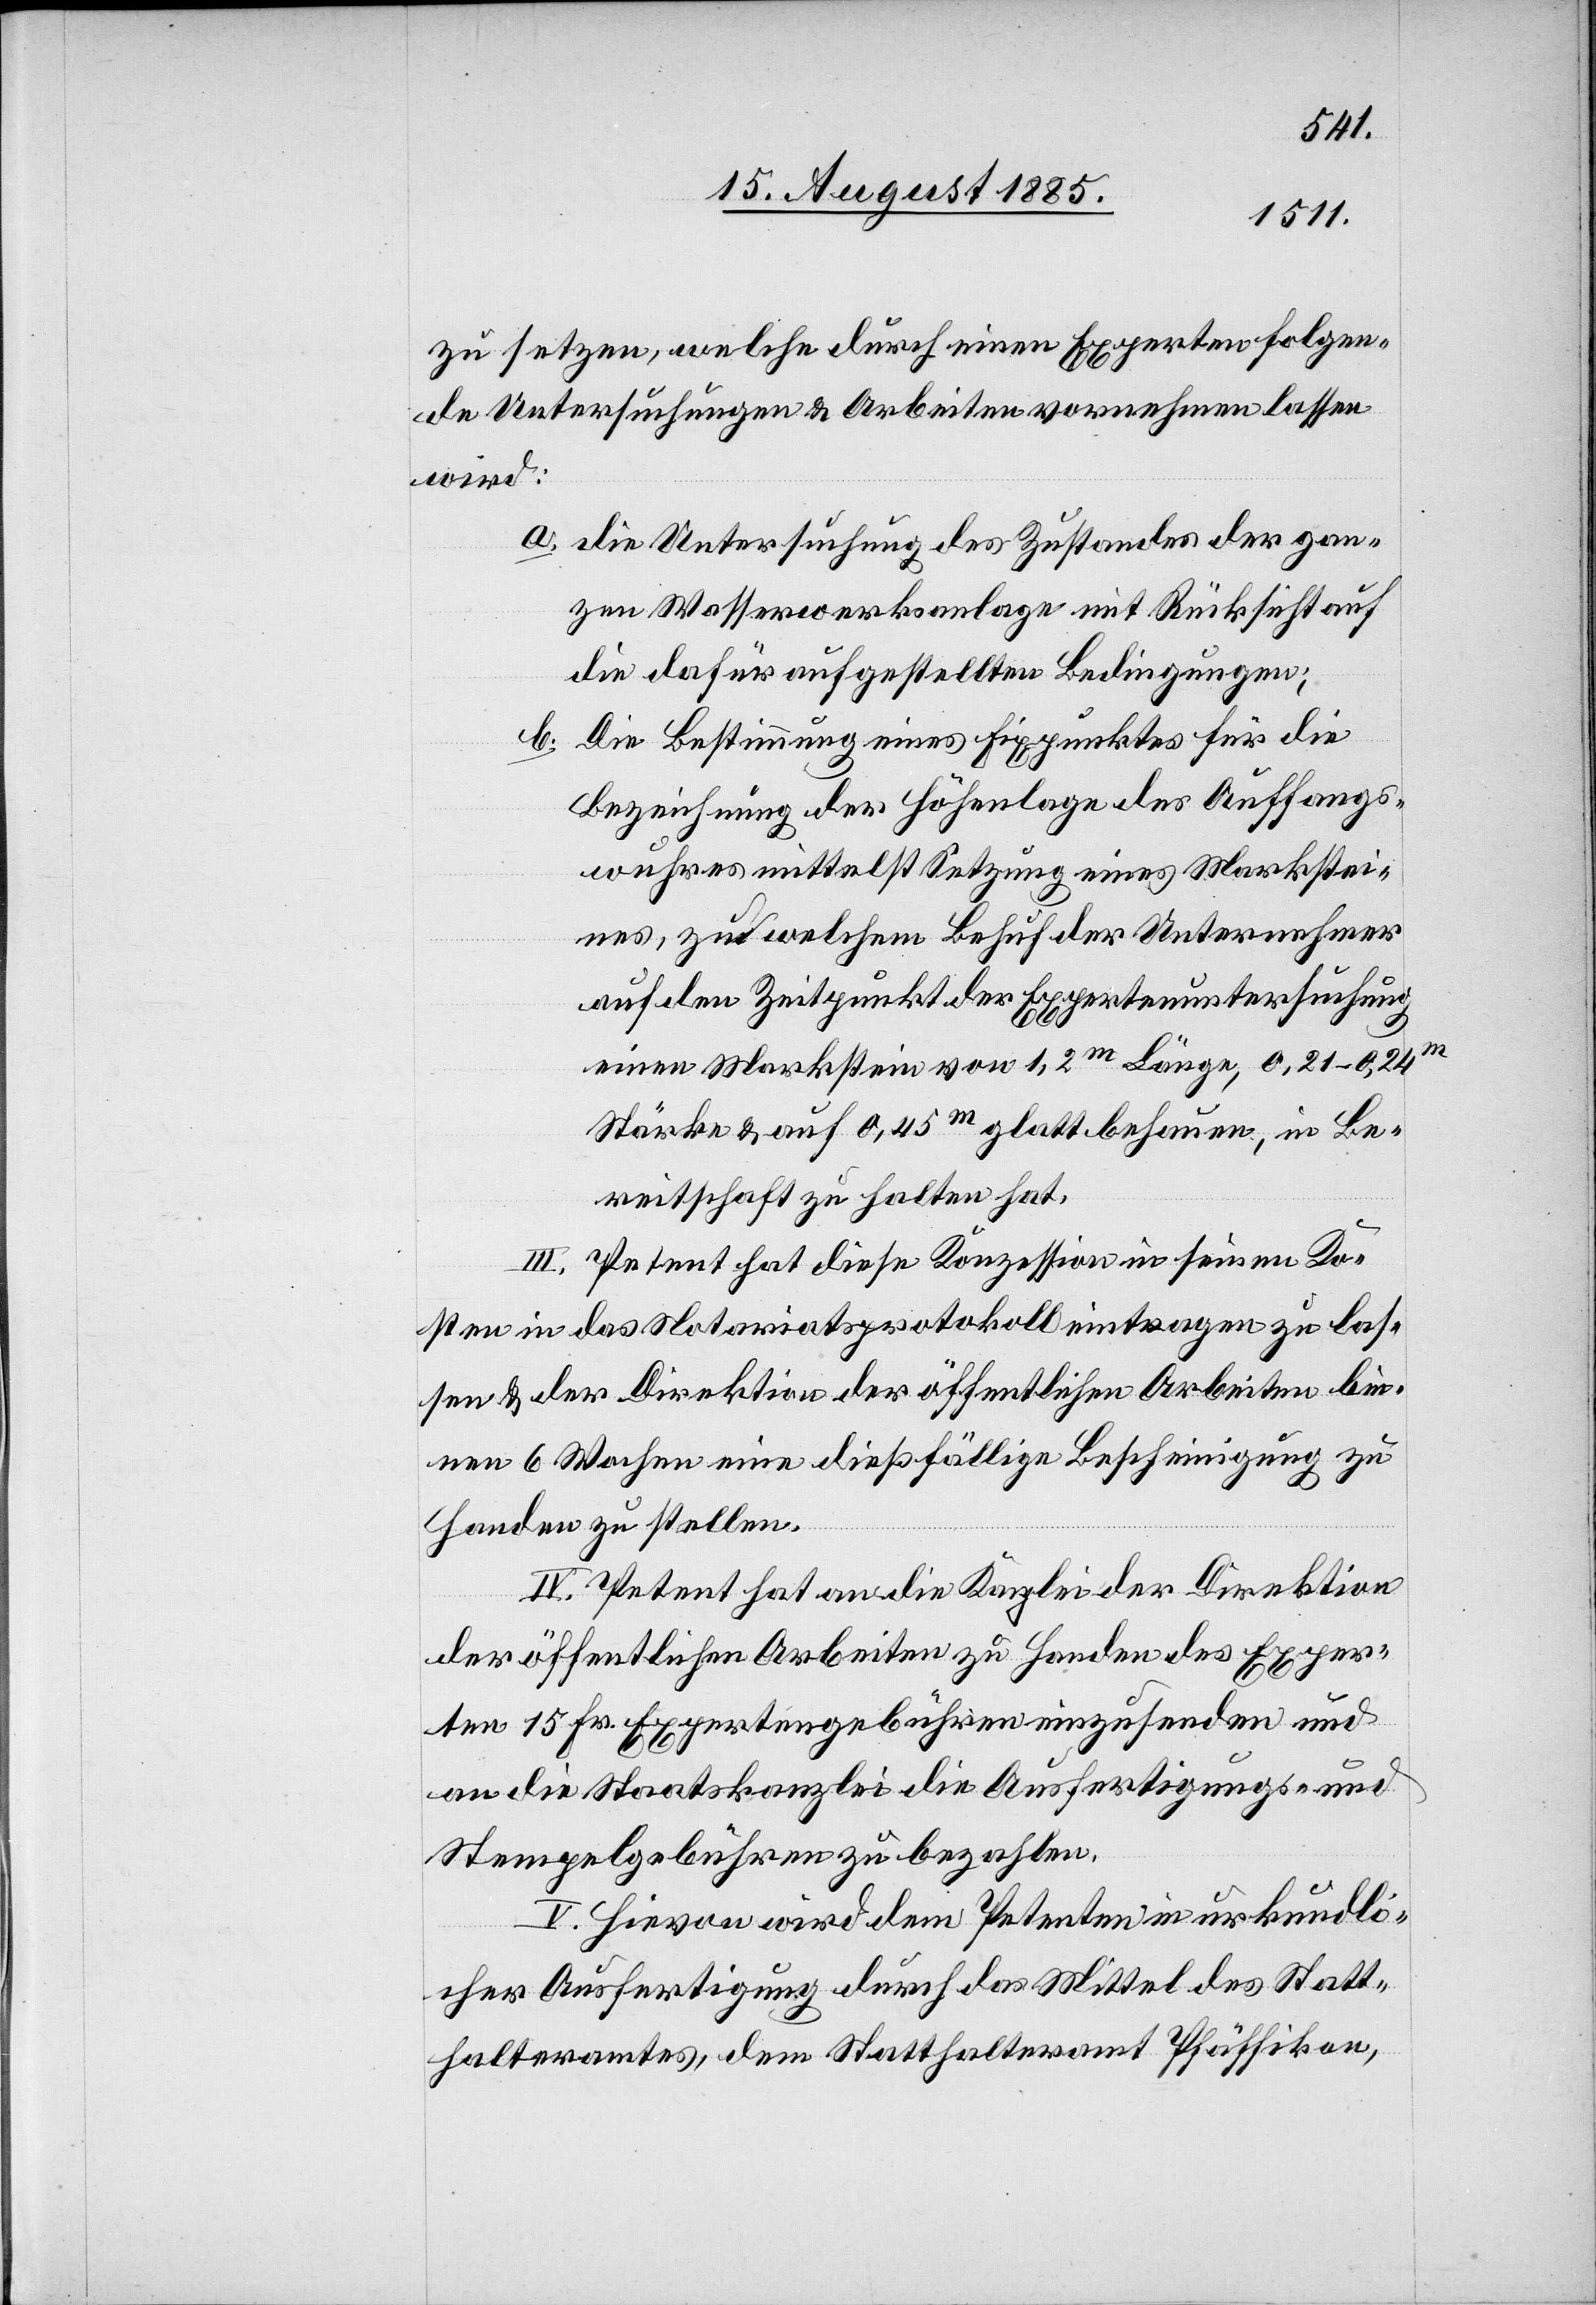
zu setzen, welche durch einen Experten folgen¬
de Untersuchungen & Arbeiten vornehmen lassen
wird:
a. die Untersuchung des Zustandes der gan¬
zen Wasserwerksanlage mit Rücksicht auf
die dafür aufgestellten Bedingungen;
b. die Bestimmung eines Fixpunktes für die
Bezeichnung der Höhenlage des Auffangs¬
wuhres mittelst Setzung eines Markstei¬
nes, zu welchem Behuf der Unternehmer
auf den Zeitpunkt der Expertenuntersuchung
einen Markstein von 1,2m Länge, 0,21–0,24m
Stärke & auf 0,45m glatt behauen, in Be¬
reitschaft zu halten hat.
III. Petent hat diese Konzession in seinen Ko¬
sten in das Notariatsprotokoll eintragen zu las¬
sen & der Direktion der öffentlichen Arbeiten bin¬
nen 6 Wochen eine dießfällige Bescheinigung zu
Handen zu stellen.
IV. Petent hat an die Kanzlei der Direktion
der öffentlichen Arbeiten zu Handen des Exper¬
ten 15 Fr. Expertengebühren einzusenden und
an die Staatskanzlei die Ausfertigungs- und
Stempelgebühren zu bezahlen.
V. Hievon wird dem Petenten in urkundli¬
cher Ausfertigung durch das Mittel des Statt¬
halteramtes, dem Statthalteramt Pfäffikon,